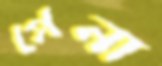
পেনা